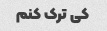
کی ترک کنم